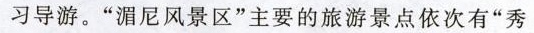
习导游。“湄尼风景区”主要的旅游景点依次有“秀